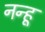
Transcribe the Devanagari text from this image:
नन्हू